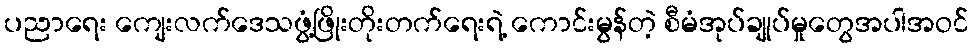
ပညာရေး ကျေးလက်ဒေသဖွံ့ဖြိုးတိုးတက်ရေးရဲ့ ကောင်းမွန်တဲ့ စီမံအုပ်ချုပ်မှုတွေအပါအဝင်